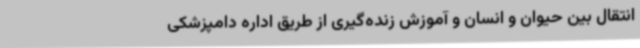
انتقال بین حیوان و انسان و آموزش زنده‌گیری از طریق اداره دامپزشکی